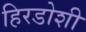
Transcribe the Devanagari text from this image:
हिरडोशी